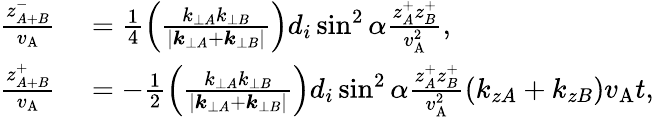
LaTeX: \begin{array}{rl}{\frac{z_{A+B}^{-}}{v_{\mathrm{A}}}}&{{}=\frac{1}{4}\left(\frac{k_{\perp A}k_{\perp B}}{|\boldsymbol{k}_{\perp A}+\boldsymbol{k}_{\perp B}|}\right)d_{i}\sin^{2}\alpha\frac{z_{A}^{+}z_{B}^{+}}{v_{\mathrm{A}}^{2}},}\\ {\frac{z_{A+B}^{+}}{v_{\mathrm{A}}}}&{{}=-\frac{1}{2}\left(\frac{k_{\perp A}k_{\perp B}}{|\boldsymbol{k}_{\perp A}+\boldsymbol{k}_{\perp B}|}\right)d_{i}\sin^{2}\alpha\frac{z_{A}^{+}z_{B}^{+}}{v_{\mathrm{A}}^{2}}(k_{zA}+k_{zB})v_{\mathrm{A}}t,}\end{array}